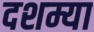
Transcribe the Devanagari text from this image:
दशम्या